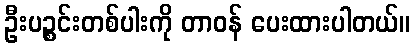
ဦးပဉ္စင်းတစ်ပါးကို တာဝန် ပေးထားပါတယ်။